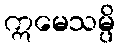
ဣမေသမ္ပိ